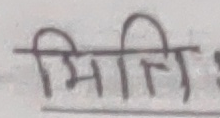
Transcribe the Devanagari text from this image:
मिति :